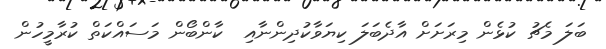
ބަލަ މެޗު ކުޅެން މިރަށަށް އާދެބަލަ ކިޔަވާކުދިންނާއި  ކާންބޯން މަސައްކަތް ކުރާމީހުން